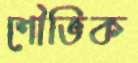
শৌভিক